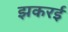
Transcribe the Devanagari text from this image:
झकरई